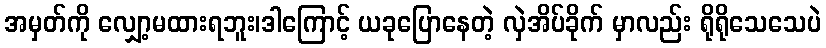
အမှတ်ကို လျှော့မထားရဘူး၊ဒါကြောင့် ယခုပြောနေတဲ့ လှဲအိပ်ခိုက် မှာလည်း ရိုရိုသေသေပဲ